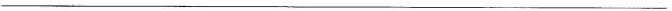
___